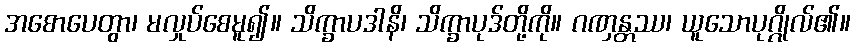
အစောပေတွာ၊ မလှုပ်စေမူ၍။ သိက္ခာပဒါနိ၊ သိက္ခာပုဒ်တို့ကို။ ဂဏှန္တဿ၊ ယူသောပုဂ္ဂိုလ်၏။